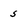
Character: s